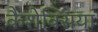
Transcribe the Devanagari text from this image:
कैशेक्सिया